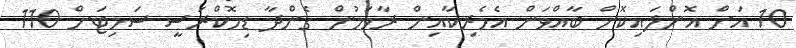
10 އަށް އޮންލައިކޮށް ބާއްވަން އެމެރިކާއިން ރާވަމުން ގެންދާ ޑިމޮކްރަސީ ސަމިޓަށް 110